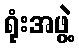
ရုံးအဖွဲ့